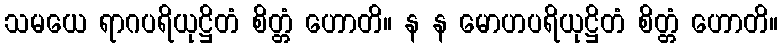
သမယေ ရာဂပရိယုဋ္ဌိတံ စိတ္တံ ဟောတိ။ န န မောဟပရိယုဋ္ဌိတံ စိတ္တံ ဟောတိ။